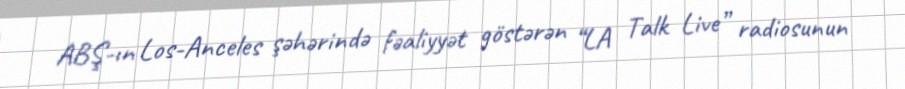
ABŞ-ın Los-Anceles şəhərində fəaliyyət göstərən “LA Talk Live” radiosunun